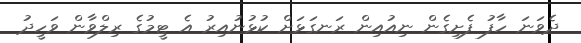
ދެވަނަ ހާފު ފެށިގެން ނިއުއިން ރަނގަޅަށް ކުޅުނުއިރު އެ ޓީމުގެ ރިލްވާން ވަހީދު